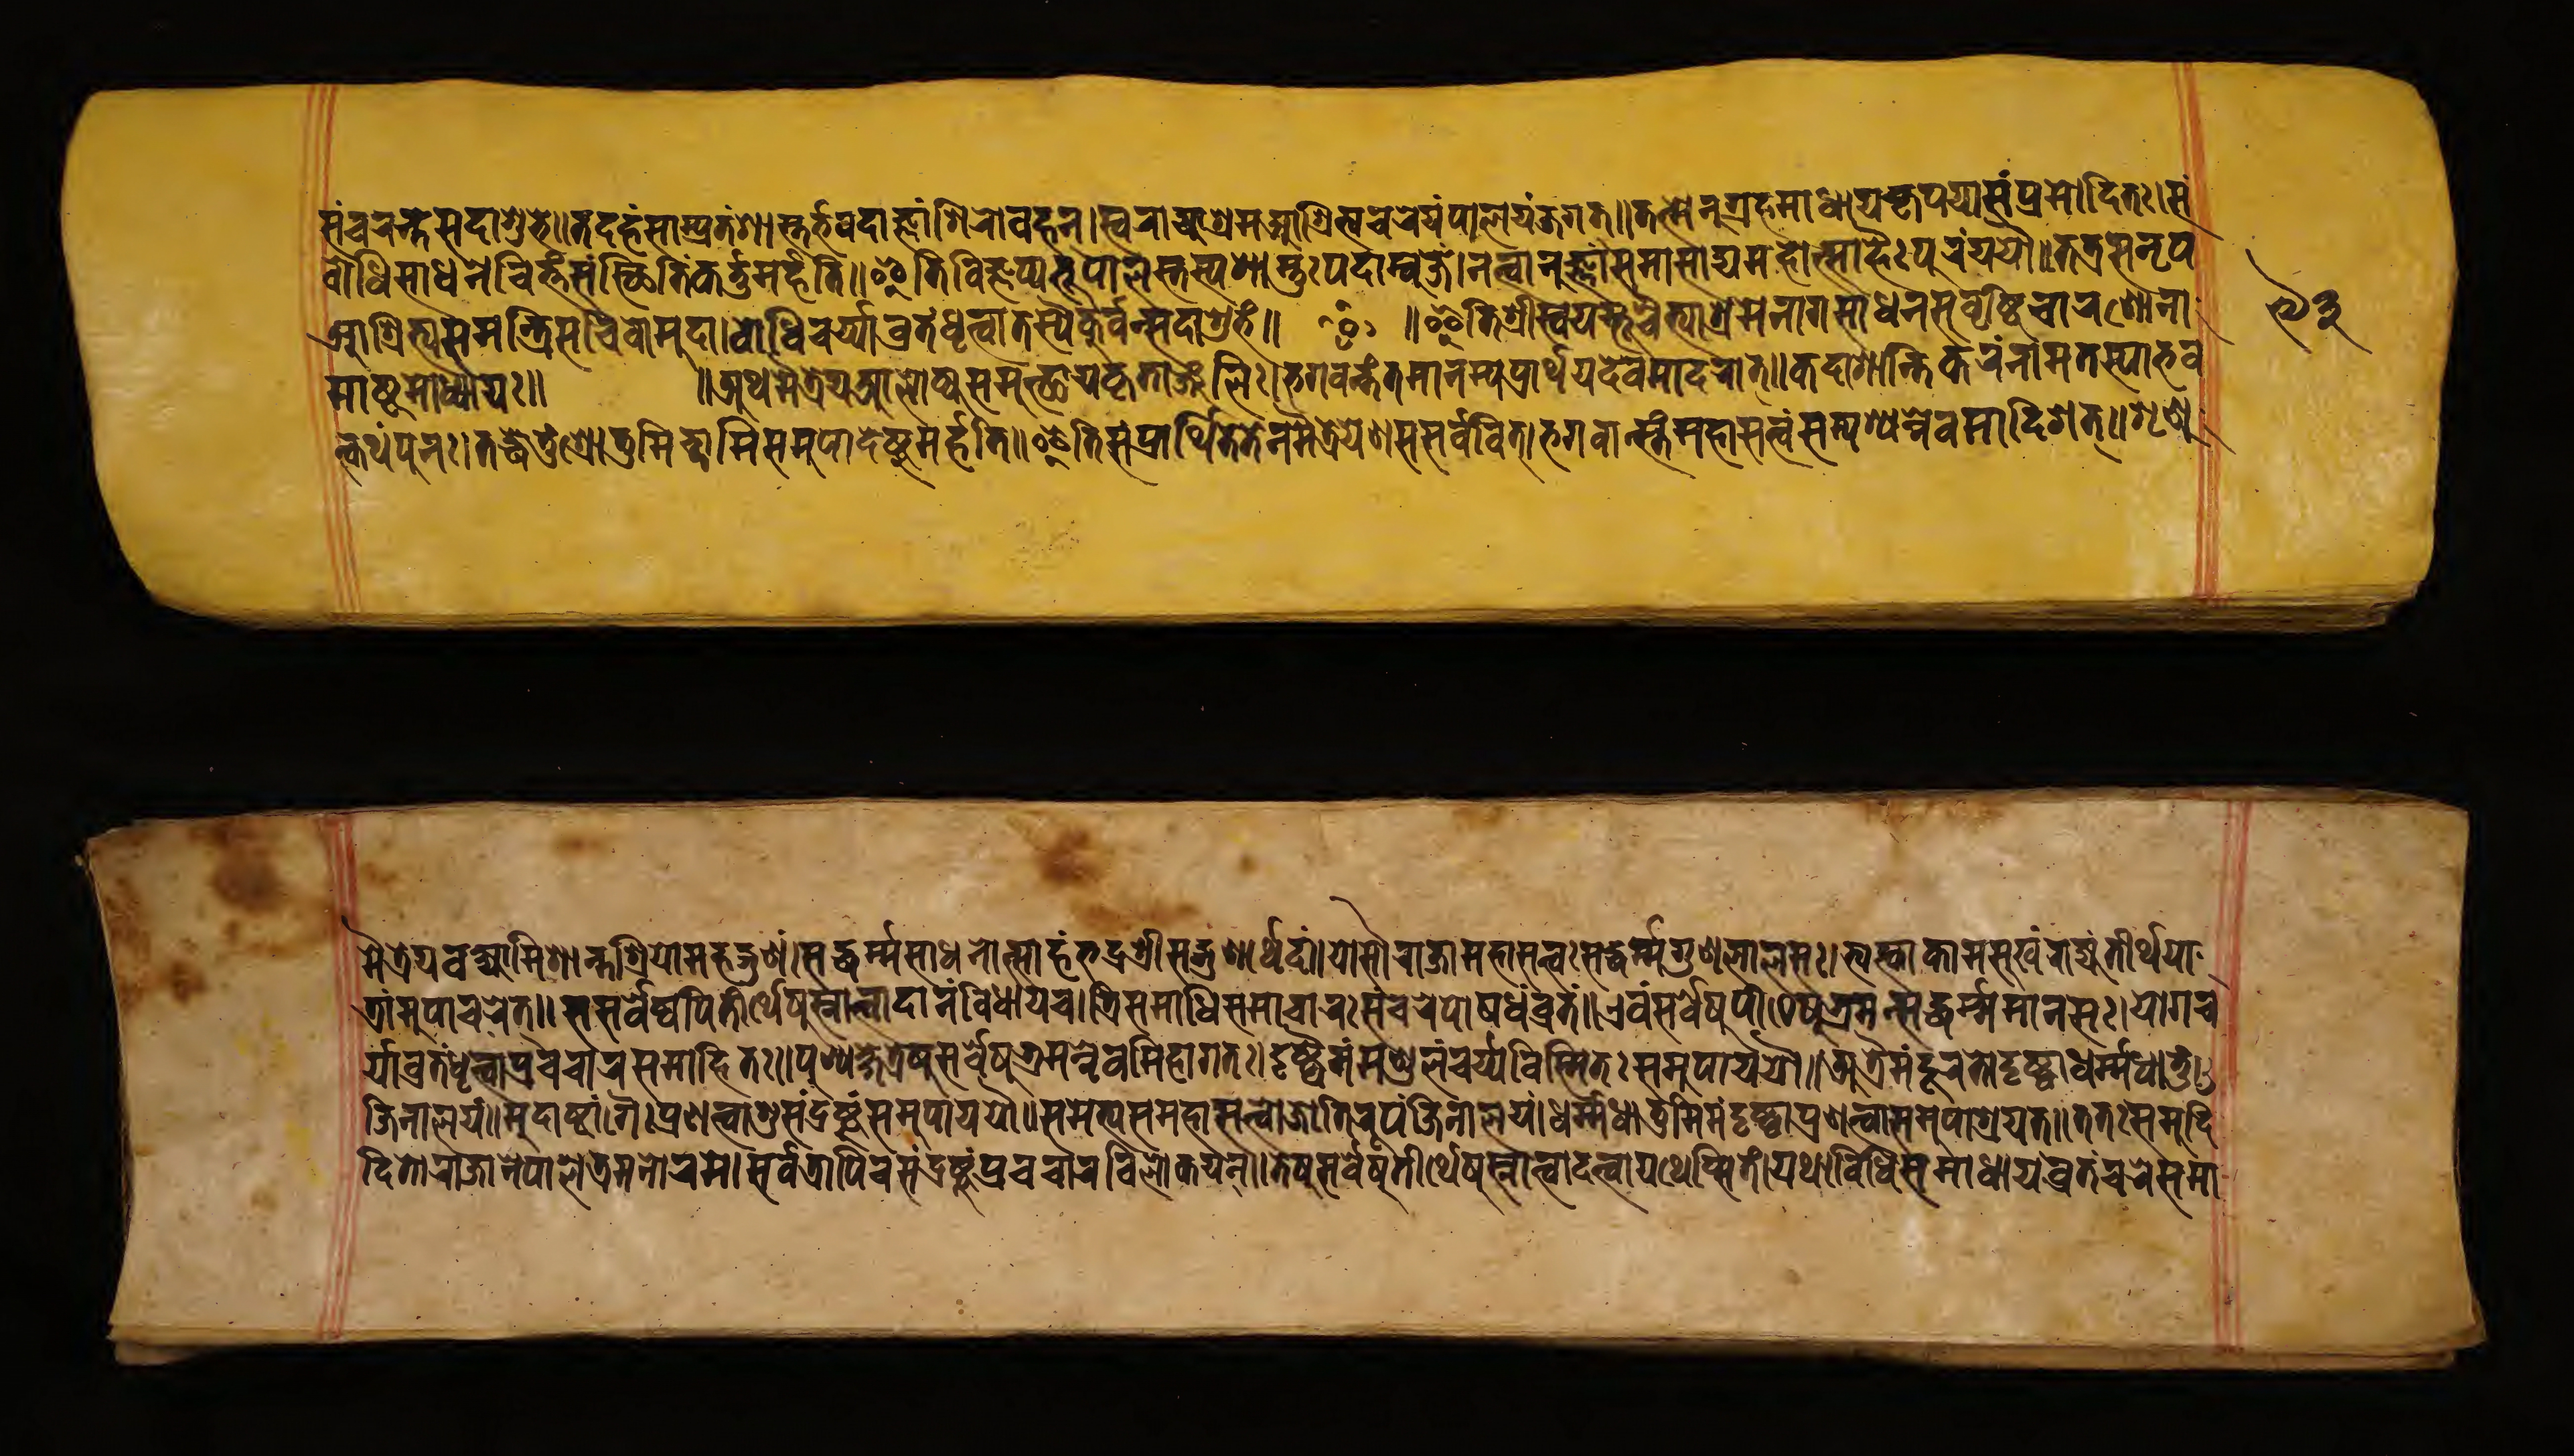
𑐳𑑄𑐔𑐬𑐣𑑂𑐟𑐳𑐡𑐵𑐱𑐸𑐨𑐾𑑌𑐟𑐡𑐴𑑄𑐳𑐵𑐩𑑂𑐥𑑂𑐬𑐟𑑄𑐱𑐵𑐳𑑂𑐟𑐬𑑂𑐨𑐰𑐡𑐵𑐖𑑂𑐘𑐵𑑄𑐱𑐶𑐬𑐵𑐰𑐴𑐣𑑂𑑋𑐳𑑂𑐰𑐬𑐵𑐖𑑂𑐫𑐵𑐱𑑂𑐬𑐩𑐩𑐵𑐱𑑂𑐬𑐶𑐟𑑂𑐫𑐔𑐬𑐾𑐫𑑄𑐥𑐵𑐮𑐫𑐘𑑂𑐖𑐐𑐟𑑂𑑌𑐟𑐣𑑂𑐩𑐾𑐣𑐸𑐐𑑂𑐬𑐴𑐩𑐵𑐢𑐵𑐫𑐎𑐺𑐥𑐫𑐵𑐳𑑄𑐥𑑂𑐬𑐳𑐵𑐡𑐶𑐟𑑅𑑋𑐳𑑄 𑐧𑑀𑐢𑐶𑐳𑐵𑐢𑐣𑐾𑐔𑐶𑐟𑑂𑐟𑑄𑐳𑐳𑑂𑐠𑐶𑐟𑐶𑑄𑐎𑐬𑑂𑐟𑑂𑐟𑐸𑐩𑐬𑑂𑐴𑐟𑐶𑑌𑐂𑐟𑐶𑐰𑐶𑐖𑑂𑐘𑐥𑑂𑐫𑐨𑐹𑐥𑐵𑐮𑐳𑑂𑐟𑐳𑑂𑐫𑐱𑐵𑐳𑑂𑐟𑐸𑑅𑐥𑐡𑐵𑐩𑑂𑐧𑐸𑐖𑐾𑑋𑐣𑐟𑑂𑐰𑐵𑐣𑐸𑐖𑑂𑐘𑐵𑑄𑐳𑐩𑐵𑐳𑐵𑐡𑑂𑐫𑐩𑐴𑑀𑐟𑑂𑐳𑐵𑐴𑐿𑑅𑐥𑐸𑐬𑑄𑐫𑐫𑑁𑑌𑐟𑐟𑑂𑐬𑐳𑐣𑐺𑐥 𑐁𑐱𑑂𑐬𑐶𑐟𑑂𑐫𑐳𑐩𑐣𑑂𑐟𑑂𑐬𑐶𑐳𑐔𑐶𑐰𑑀𑐩𑐸𑐡𑐵𑑋𑐧𑑀𑐢𑐶𑐔𑐬𑑂𑐫𑐵𑐰𑑂𑐬𑐟𑑄𑐢𑐺𑐟𑑂𑐰𑐵𑐟𑐳𑑂𑐠𑑁𑐎𑐸𑐬𑑂𑐰𑐣𑑂𑐳𑐡𑐵𑐱𑐸𑐨𑑄𑑌 ॰ 𑑌𑐂𑐟𑐶𑐳𑑂𑐰𑐫𑐩𑑂𑐨𑐹𑐔𑐿𑐟𑑂𑐫𑐵𑐱𑑂𑐬𑐩𑐣𑐵𑐩𑐳𑐵𑐢𑐣𑐳𑐸𑐰𑐺𑐲𑑂𑐚𑐶𑐔𑐵𑐬𑐞𑑀𑐣𑐵 𑐩𑐵𑐲𑑂𑐚𑐩𑑀𑐢𑑂𑐫𑐵𑐫𑑅𑑌𑐀𑐠𑐩𑐿𑐟𑑂𑐬𑐾𑐫𑐁𑐮𑑀𑐎𑑂𑐫𑐳𑐩𑐸𑐟𑑂𑐠𑐵𑐫𑐎𑐺𑐟𑐵𑐘𑑂𑐖𑐮𑐶𑑅𑑋𑐨𑐐𑐰𑐣𑑂𑐟𑑄𑐟𑐩𑐵𑐣𑐩𑑂𑐫𑐥𑑂𑐬𑐵𑐬𑑂𑐠𑐫𑐔𑑂𑐔𑐿𑐰𑐩𑐵𑐡𑐬𑐵𑐟𑑂𑑌𑐎𑐡𑐵𑐱𑐵𑐣𑑂𑐟𑐶𑐎𑐬𑑄𑐣𑐵𑐩𑐟𑐳𑑂𑐫𑐵𑐨𑐰 𑐟𑑂𑐎𑐠𑑄𑐥𑐸𑐣𑑅𑑋𑐟𑐡𑑂𑐢𑐾𑐟𑐸𑑄𑐱𑑂𑐬𑑀𑐟𑐸𑐩𑐶𑐔𑑂𑐕𑐵𑐩𑐶𑐳𑐩𑐸𑐥𑐵𑐡𑐾𑐲𑑂𑐚𑐸𑐩𑐬𑑂𑐴𑐟𑐶𑑌𑐂𑐟𑐶𑐳𑑄𑐥𑑂𑐬𑐵𑐬𑑂𑐠𑐶𑐟𑐾𑐟𑐾𑐣𑐩𑐿𑐟𑑂𑐬𑐾𑐫𑐾𑐞𑐳𑐳𑐬𑑂𑐰𑐰𑐶𑐟𑑂𑑋𑐨𑐐𑐰𑐵𑐳𑑂𑐟𑑄𑐩𑐴𑐵𑐳𑐟𑑂𑐟𑑂𑐰𑑄𑐳𑐩𑑂𑐥𑐱𑑂𑐫𑐣𑑂𑐣𑐾𑐰𑐩𑐵𑐡𑐶𑐱𑐟𑑂𑑌𑐱𑐺𑐞𑐸 𑐩𑐿𑐟𑑂𑐬𑐾𑐫𑐰𑐎𑑂𑐲𑑂𑐫𑐵𑐩𑐶𑐱𑐵𑐣𑑂𑐟𑐱𑑂𑐬𑐶𑐫𑐵𑑄𑐩𑐴𑐡𑑂𑐐𑐸𑐞𑑄𑑋𑐳𑐡𑑂𑐢𑐬𑑂𑐩𑑂𑐩𑐳𑐵𑐢𑐣𑑀𑐟𑑂𑐳𑐵𑐴𑑄𑐨𑐡𑑂𑐬𑐱𑑂𑐬𑐷𑐳𑐡𑑂𑐐𑐸𑐬𑑂𑐞𑐵𑐬𑑂𑐠𑐡𑑄𑑌𑐫𑑀𑐳𑑁𑐬𑐵𑐖𑐵𑐩𑐴𑐵𑐳𑐟𑑂𑐟𑑂𑐰𑑅𑐳𑐢𑐬𑑂𑐩𑑂𑐩𑐐𑐸𑐞𑐮𑐵𑐮𑐳𑑅𑑋𑐟𑑂𑐫𑐎𑑂𑐟𑑂𑐰𑐵𑐎𑐵𑐩𑐳𑐸𑐏𑑄𑐬𑐵𑐖𑑂𑐫𑑄𑐟𑐷𑐬𑑂𑐠𑐫𑐵 𑐟𑑂𑐬𑐵𑐩𑐸𑐥𑐵𑐔𑐬𑐟𑑂𑑌𑐳𑐳𑐬𑑂𑐰𑐾𑐲𑑂𑐰𑐥𑐶𑐟𑐷𑐬𑑂𑐠𑐾𑐲𑐸𑐳𑑂𑐣𑐵𑐟𑑂𑐰𑐵𑐡𑐵𑐣𑑄𑐰𑐶𑐢𑐵𑐫𑐔𑑋𑐟𑑂𑐬𑐶𑐳𑐩𑐵𑐢𑐶𑐳𑐩𑐵𑐔𑐵𑐬𑑅𑐳𑑄𑐔𑐬𑐥𑑀𑐲𑐢𑑄𑐰𑑂𑐬𑐟𑑄𑑌𑐊𑐰𑑄𑐳𑐬𑑂𑐰𑐾𑐲𑐸𑐥𑐷𑐛𑐾𑐲𑐸𑐨𑑂𑐬𑐩𑐣𑑂𑐳𑐡𑑂𑐢𑐬𑑂𑐩𑑂𑐩𑐩𑐵𑐣𑐳𑑅𑑋𑐫𑑀𑐐𑐔 𑐬𑑂𑐫𑐵𑐰𑑂𑐬𑐟𑑄𑐢𑐺𑐟𑑂𑐰𑐵𑐥𑑂𑐬𑐔𑐔𑐵𑐬𑐳𑐩𑐵𑐴𑐶𑐟𑑅𑑌𑐥𑐸𑐞𑑂𑐫𑐎𑑂𑐲𑐾𑐟𑑂𑐬𑐾𑐲𑐸𑐳𑐬𑑂𑐰𑐾𑐲𑐸𑐨𑑂𑐬𑐩𑐣𑑂𑐣𑐿𑐰𑐩𑐶𑐴𑐵𑐐𑐟𑐵𑑅𑑋𑐡𑐺𑐲𑑂𑐚𑑂𑐰𑐿𑐩𑑄𑐩𑐞𑑂𑐜𑐮𑑄𑐬𑐩𑑂𑐫𑐾𑐰𑐶𑐳𑑂𑐩𑐶𑐟𑑄𑐳𑐩𑐸𑐥𑐵𑐫𑐫𑑁𑑌𑐀𑐟𑑂𑐬𑐿𑐩𑑄𑐡𑐹𑐬𑐟𑑀𑐡𑐺𑐲𑑂𑐚𑑂𑐰𑐵𑐢𑐬𑑂𑐩𑑂𑐩𑐢𑐵𑐟𑐸𑑄 𑐖𑐶𑐣𑐵𑐮𑐫𑑄𑑋𑐩𑐸𑐡𑐵𑐲𑑂𑐚𑐵𑐒𑑂𑐐𑐿𑑅𑐥𑑂𑐬𑐞𑐟𑑂𑐰𑐵𑐱𑐸𑑅𑐳𑑄𑐡𑑂𑐬𑐲𑑂𑐚𑐸𑑄𑐳𑐩𑐸𑐥𑐵𑐫𑐫𑑁𑑌𑐳𑐩𑐾𑐟𑑂𑐫𑐳𑑄𑐩𑐴𑐵𑐳𑐟𑑂𑐟𑑂𑐰𑐵𑐖𑑂𑐫𑑀𑐟𑐷𑐬𑐹𑐥𑑄𑐖𑐶𑐣𑐵𑐮𑐫𑑄𑑋𑐢𑐬𑑂𑐩𑑂𑐩𑐢𑐵𑐟𑐸𑐩𑐶𑐩𑑄𑐡𑐺𑐲𑑂𑐚𑑂𑐰𑐵𑐥𑑂𑐬𑐞𑐟𑑂𑐰𑐵𑐳𑐩𑐸𑐥𑐵𑐱𑑂𑐬𑐫𑐟𑑂𑑌𑐟𑐟𑑅𑐳𑐩𑐸𑐡𑐶 𑐡𑐶𑐟𑑀𑐬𑐵𑐖𑐵𑐣𑐾𑐥𑐵𑐮𑐾𑐟𑑂𑐬𑐩𑐣𑑀𑐬𑐩𑐾𑑋𑐳𑐬𑑂𑐰𑐟𑑂𑐬𑐵𑐥𑐶𑐔𑐳𑑄𑐡𑑂𑐬𑐲𑑂𑐚𑐸𑑄𑐥𑑂𑐬𑐔𑐔𑐵𑐬𑐰𑐶𑐮𑑀𑐎𑐫𑐣𑑂𑑌𑐟𑐾𑐲𑐸𑐳𑐬𑑂𑐰𑐾𑐲𑐸𑐟𑐷𑐬𑑂𑐠𑐾𑐲𑐸𑐳𑑂𑐣𑐵𑐟𑑂𑐰𑐵𑐡𑐟𑑂𑐰𑐵𑐫𑐠𑐾𑐥𑑂𑐳𑐶𑐟𑑄𑑋𑐫𑐠𑐵𑐰𑐶𑐢𑐶𑐳𑐩𑐵𑐢𑐵𑐫𑐰𑑂𑐬𑐟𑑄𑐔𑐬𑐾𑐳𑐩𑐵 𑑙𑑓